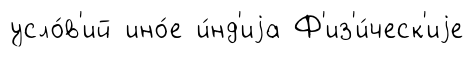
усло́в'ий ино́е и́нд'иjа Ф'из'и́ческ'иjе